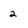
Character: 2